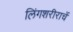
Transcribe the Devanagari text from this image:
लिंगशरीराचें